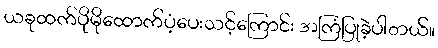
ယခုထက်ပိုမိုထောက်ပံ့ပေးသင့်ကြောင်း အကြံပြုခဲ့ပါတယ်။